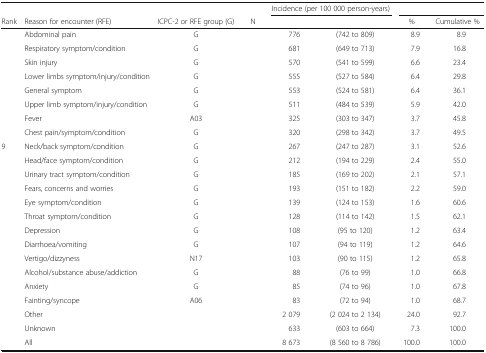
<table><thead><tr><td>[EMPTY_CELL]</td><td>[EMPTY_CELL]</td><td>[EMPTY_CELL]</td><td>[EMPTY_CELL]</td><td colspan="2"><b>Incidence (per 100 000 person-years)</b></td><td colspan="2">[EMPTY_CELL]</td></tr><tr><td><b>Rank</b></td><td><b>Reason for encounter (RFE)</b></td><td><b>ICPC-2 or RFE group (G)</b></td><td><b>N</b></td><td>[EMPTY_CELL]</td><td>[EMPTY_CELL]</td><td><b>%</b></td><td><b>Cumulative %</b></td></tr></thead><tbody><tr><td>[EMPTY_CELL]</td><td>Abdominal pain</td><td>G</td><td>[EMPTY_CELL]</td><td>776</td><td>(742 to 809)</td><td>8.9</td><td>8.9</td></tr><tr><td>[EMPTY_CELL]</td><td>Respiratory symptom/condition</td><td>G</td><td>[EMPTY_CELL]</td><td>681</td><td>(649 to 713)</td><td>7.9</td><td>16.8</td></tr><tr><td>[EMPTY_CELL]</td><td>Skin injury</td><td>G</td><td>[EMPTY_CELL]</td><td>570</td><td>(541 to 599)</td><td>6.6</td><td>23.4</td></tr><tr><td>[EMPTY_CELL]</td><td>Lower limbs symptom/injury/condition</td><td>G</td><td>[EMPTY_CELL]</td><td>555</td><td>(527 to 584)</td><td>6.4</td><td>29.8</td></tr><tr><td>[EMPTY_CELL]</td><td>General symptom</td><td>G</td><td>[EMPTY_CELL]</td><td>553</td><td>(524 to 581)</td><td>6.4</td><td>36.1</td></tr><tr><td>[EMPTY_CELL]</td><td>Upper limb symptom/injury/condition</td><td>G</td><td>[EMPTY_CELL]</td><td>511</td><td>(484 to 539)</td><td>5.9</td><td>42.0</td></tr><tr><td>[EMPTY_CELL]</td><td>Fever</td><td>A03</td><td>[EMPTY_CELL]</td><td>325</td><td>(303 to 347)</td><td>3.7</td><td>45.8</td></tr><tr><td>[EMPTY_CELL]</td><td>Chest pain/symptom/condition</td><td>G</td><td>[EMPTY_CELL]</td><td>320</td><td>(298 to 342)</td><td>3.7</td><td>49.5</td></tr><tr><td>9</td><td>Neck/back symptom/condition</td><td>G</td><td>[EMPTY_CELL]</td><td>267</td><td>(247 to 287)</td><td>3.1</td><td>52.6</td></tr><tr><td>[EMPTY_CELL]</td><td>Head/face symptom/condition</td><td>G</td><td>[EMPTY_CELL]</td><td>212</td><td>(194 to 229)</td><td>2.4</td><td>55.0</td></tr><tr><td>[EMPTY_CELL]</td><td>Urinary tract symptom/condition</td><td>G</td><td>[EMPTY_CELL]</td><td>185</td><td>(169 to 202)</td><td>2.1</td><td>57.1</td></tr><tr><td>[EMPTY_CELL]</td><td>Fears, concerns and worries</td><td>G</td><td>[EMPTY_CELL]</td><td>193</td><td>(151 to 182)</td><td>2.2</td><td>59.0</td></tr><tr><td>[EMPTY_CELL]</td><td>Eye symptom/condition</td><td>G</td><td>[EMPTY_CELL]</td><td>139</td><td>(124 to 153)</td><td>1.6</td><td>60.6</td></tr><tr><td>[EMPTY_CELL]</td><td>Throat symptom/condition</td><td>G</td><td>[EMPTY_CELL]</td><td>128</td><td>(114 to 142)</td><td>1.5</td><td>62.1</td></tr><tr><td>[EMPTY_CELL]</td><td>Depression</td><td>G</td><td>[EMPTY_CELL]</td><td>108</td><td>(95 to 120)</td><td>1.2</td><td>63.4</td></tr><tr><td>[EMPTY_CELL]</td><td>Diarrhoea/vomiting</td><td>G</td><td>[EMPTY_CELL]</td><td>107</td><td>(94 to 119)</td><td>1.2</td><td>64.6</td></tr><tr><td>[EMPTY_CELL]</td><td>Vertigo/dizzyness</td><td>N17</td><td>[EMPTY_CELL]</td><td>103</td><td>(90 to 115)</td><td>1.2</td><td>65.8</td></tr><tr><td>[EMPTY_CELL]</td><td>Alcohol/substance abuse/addiction</td><td>G</td><td>[EMPTY_CELL]</td><td>88</td><td>(76 to 99)</td><td>1.0</td><td>66.8</td></tr><tr><td>[EMPTY_CELL]</td><td>Anxiety</td><td>G</td><td>[EMPTY_CELL]</td><td>85</td><td>(74 to 96)</td><td>1.0</td><td>67.8</td></tr><tr><td>[EMPTY_CELL]</td><td>Fainting/syncope</td><td>A06</td><td>[EMPTY_CELL]</td><td>83</td><td>(72 to 94)</td><td>1.0</td><td>68.7</td></tr><tr><td>[EMPTY_CELL]</td><td>Other</td><td>[EMPTY_CELL]</td><td>[EMPTY_CELL]</td><td>2 079</td><td>(2 024 to 2 134)</td><td>24.0</td><td>92.7</td></tr><tr><td>[EMPTY_CELL]</td><td>Unknown</td><td>[EMPTY_CELL]</td><td>[EMPTY_CELL]</td><td>633</td><td>(603 to 664)</td><td>7.3</td><td>100.0</td></tr><tr><td>[EMPTY_CELL]</td><td>All</td><td>[EMPTY_CELL]</td><td>[EMPTY_CELL]</td><td>8 673</td><td>(8 560 to 8 786)</td><td>100.0</td><td>100.0</td></tr></tbody></table>